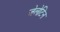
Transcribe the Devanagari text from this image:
जेलेटिन